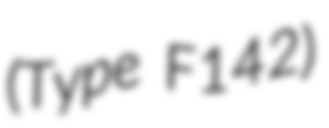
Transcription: (Type F142)